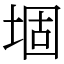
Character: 堌